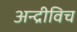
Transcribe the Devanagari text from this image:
अन्द्रीविच